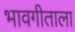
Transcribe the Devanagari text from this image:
भावगीताला